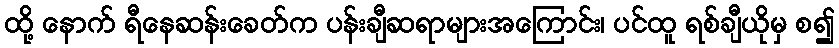
ထို့ နောက် ရီနေဆန်းခေတ်က ပန်းချီဆရာများအကြောင်း၊ ပင်ထူ ရစ်ချီယိုမှ စ၍